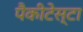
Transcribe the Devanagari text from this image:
पैकीटेस्टा